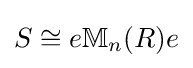
S\cong e\mathbb {M} _{n}(R)e